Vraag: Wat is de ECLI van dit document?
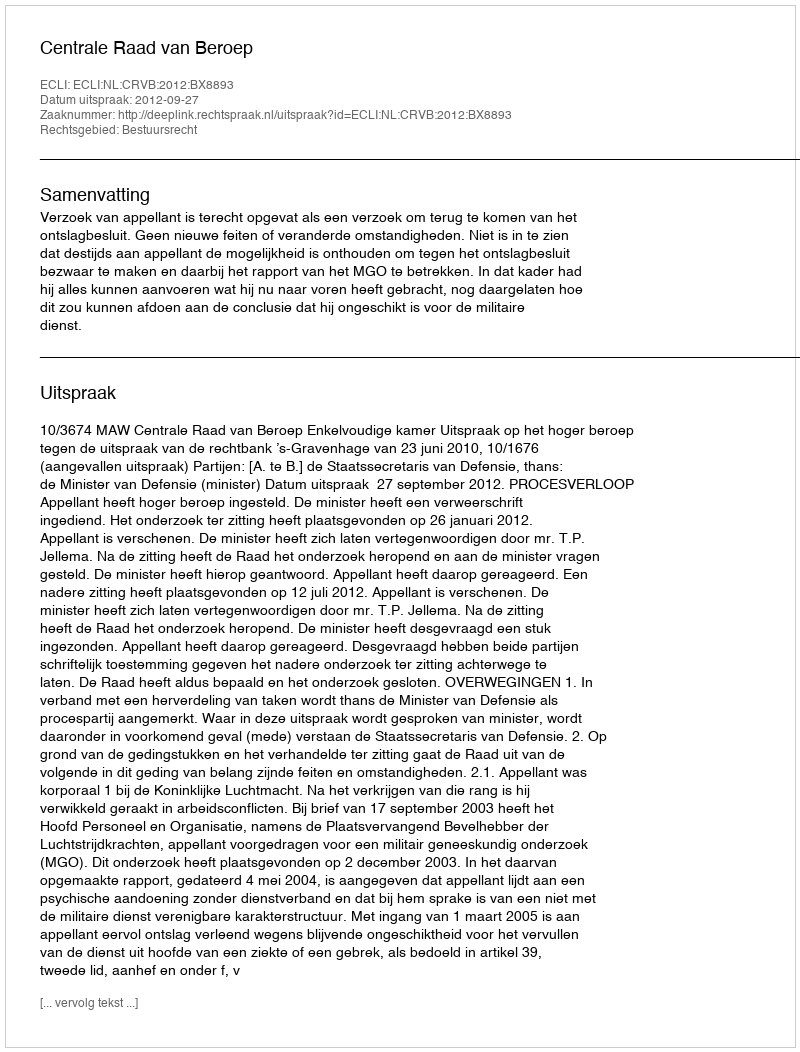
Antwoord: ECLI:NL:CRVB:2012:BX8893